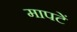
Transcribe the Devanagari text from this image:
मापटें